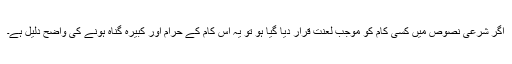
اگر شرعی نصوص میں کسی کام کو موجب لعنت قرار دیا گیا ہو تو یہ اس کام کے حرام اور کبیرہ گناہ ہونے کی واضح دلیل ہے۔